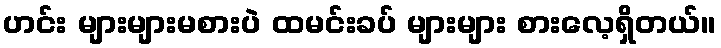
ဟင်း များများမစားပဲ ထမင်းခပ် များများ စားလေ့ရှိတယ်။